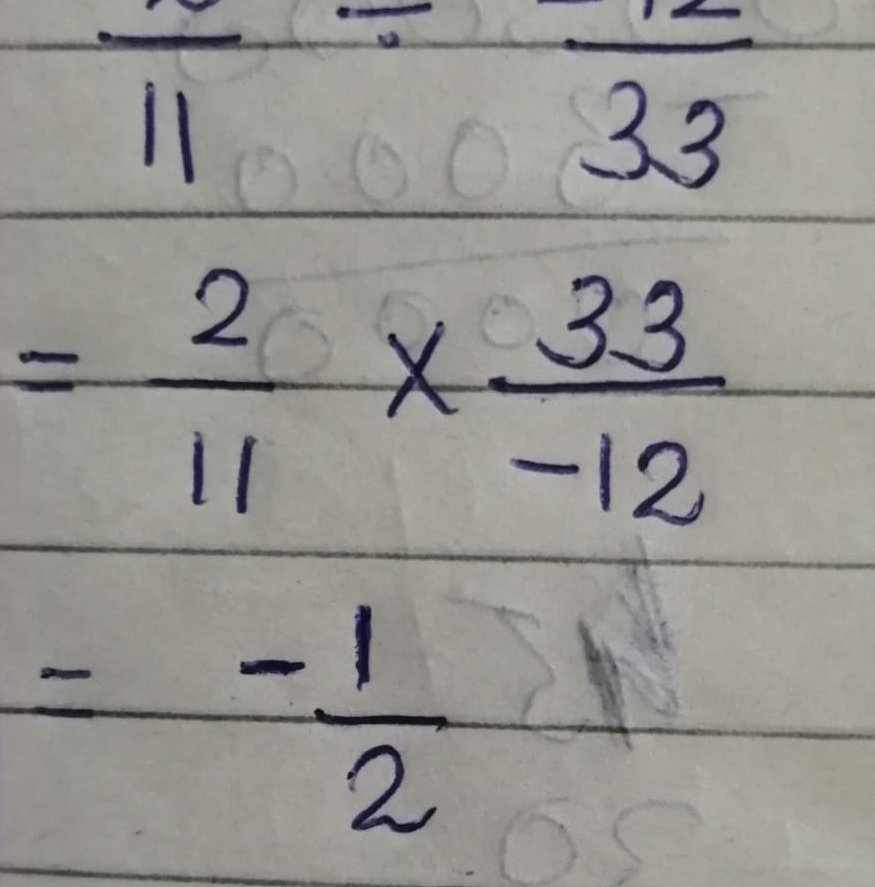
\[
\begin{align*}
&\frac{2}{11}\div\frac{- 12}{33}\\
=&\frac{2}{11}\times\frac{33}{-12}\\
=&-\frac{1}{2}
\end{align*}
\]